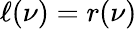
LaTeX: \ell(\nu)=r(\nu)